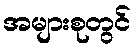
အများစုတွင်